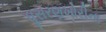
ઘૂસરણખોરીના